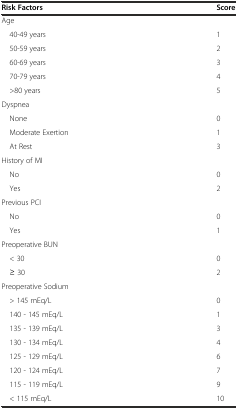
<table><thead><tr><td><b>Risk Factors</b></td><td><b>Score</b></td></tr></thead><tbody><tr><td>Age</td><td></td></tr><tr><td> 40-49 years</td><td>1</td></tr><tr><td> 50-59 years</td><td>2</td></tr><tr><td> 60-69 years</td><td>3</td></tr><tr><td> 70-79 years</td><td>4</td></tr><tr><td> &gt;80 years</td><td>5</td></tr><tr><td>Dyspnea</td><td></td></tr><tr><td> None</td><td>0</td></tr><tr><td> Moderate Exertion</td><td>1</td></tr><tr><td> At Rest</td><td>3</td></tr><tr><td>History of MI</td><td></td></tr><tr><td> No</td><td>0</td></tr><tr><td> Yes</td><td>2</td></tr><tr><td>Previous PCI</td><td></td></tr><tr><td> No</td><td>0</td></tr><tr><td> Yes</td><td>1</td></tr><tr><td>Preoperative BUN</td><td></td></tr><tr><td> &lt; 30</td><td>0</td></tr><tr><td> ≥ 30</td><td>2</td></tr><tr><td>Preoperative Sodium</td><td></td></tr><tr><td> &gt; 145 mEq/L</td><td>0</td></tr><tr><td> 140 - 145 mEq/L</td><td>1</td></tr><tr><td> 135 - 139 mEq/L</td><td>3</td></tr><tr><td> 130 - 134 mEq/L</td><td>4</td></tr><tr><td> 125 - 129 mEq/L</td><td>6</td></tr><tr><td> 120 - 124 mEq/L</td><td>7</td></tr><tr><td> 115 - 119 mEq/L</td><td>9</td></tr><tr><td> &lt; 115 mEq/L</td><td>10</td></tr></tbody></table>